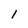
Character: l